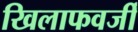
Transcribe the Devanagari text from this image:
खिलाफवर्जी